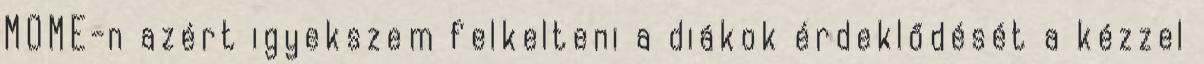
MOME-n azért igyekszem felkelteni a diákok érdeklődését a kézzel